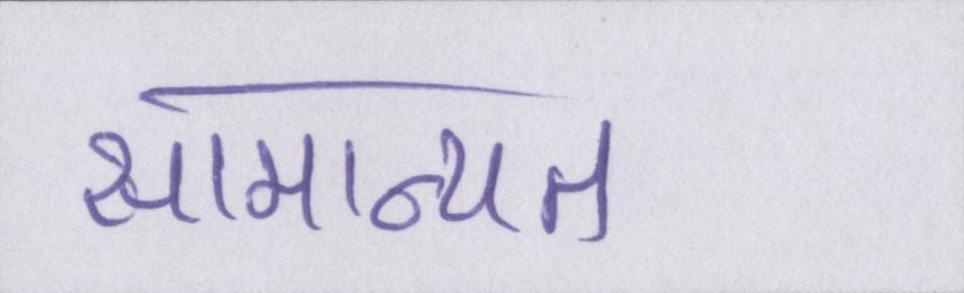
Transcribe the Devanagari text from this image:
सामान्यत